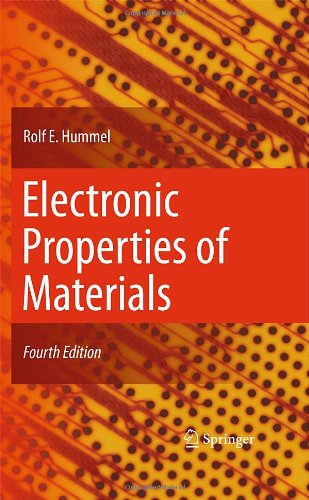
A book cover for Electronic Properties of Materials; Rolf E. Hummel; Science & Math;